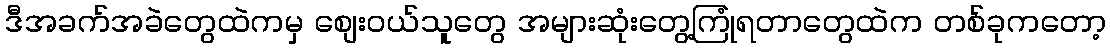
ဒီအခက်အခဲတွေထဲကမှ စျေးဝယ်သူတွေ အများဆုံးတွေ့ကြုံရတာတွေထဲက တစ်ခုကတော့